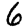
Digit: 6